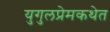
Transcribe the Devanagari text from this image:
युगुलप्रेमकथेत